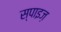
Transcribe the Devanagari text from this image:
स्पाइज़